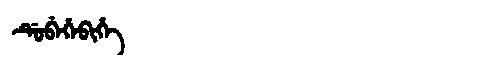
Manchu: ᡩᡠᠪᡝᡥᡝᠪᡳᡥᡝ
Romanization: DUBEHEBIHE